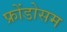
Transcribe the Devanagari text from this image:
फ्रोंडोसम